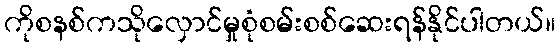
ကိုစနစ်ကသိုလှောင်မှုစုံစမ်းစစ်ဆေးရန်နိုင်ပါတယ်။